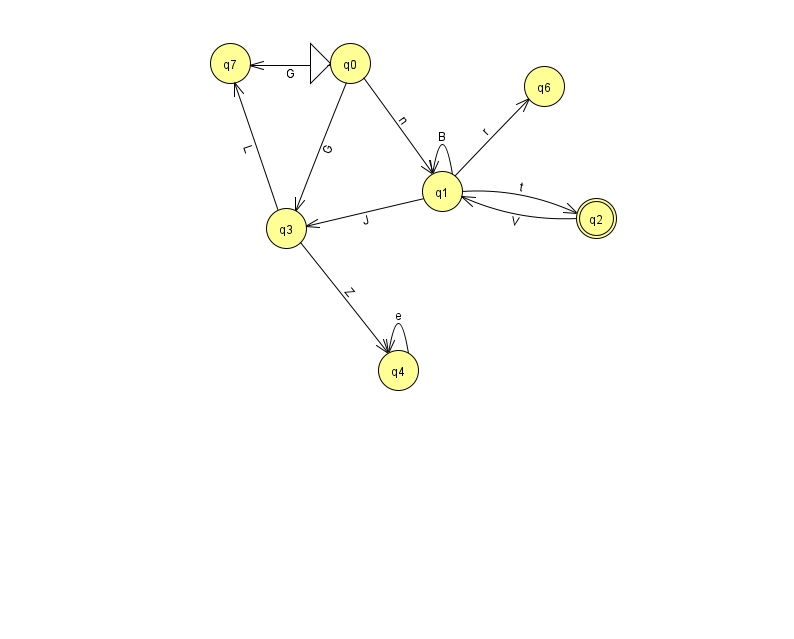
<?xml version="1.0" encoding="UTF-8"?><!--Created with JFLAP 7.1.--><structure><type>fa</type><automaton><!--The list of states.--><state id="0" name="q0"><x>350.0</x><y>50.0</y><initial/></state><state id="1" name="q1"><x>442.0</x><y>178.0</y></state><state id="2" name="q2"><x>596.0</x><y>205.0</y><final/></state><state id="3" name="q3"><x>286.0</x><y>215.0</y></state><state id="4" name="q4"><x>398.0</x><y>357.0</y></state><state id="6" name="q6"><x>544.0</x><y>73.0</y></state><state id="7" name="q7"><x>230.0</x><y>50.0</y></state><!--The list of transitions.--><transition><from>1</from><to>3</to><read>J</read></transition><transition><from>1</from><to>1</to><read>B</read></transition><transition><from>4</from><to>4</to><read>e</read></transition><transition><from>3</from><to>4</to><read>Z</read></transition><transition><from>1</from><to>6</to><read>r</read></transition><transition><from>0</from><to>1</to><read>n</read></transition><transition><from>0</from><to>7</to><read>G</read></transition><transition><from>1</from><to>2</to><read>t</read></transition><transition><from>0</from><to>3</to><read>G</read></transition><transition><from>2</from><to>1</to><read>V</read></transition><transition><from>3</from><to>7</to><read>L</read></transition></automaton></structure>